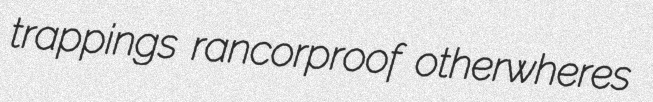
trappings rancorproof otherwheres